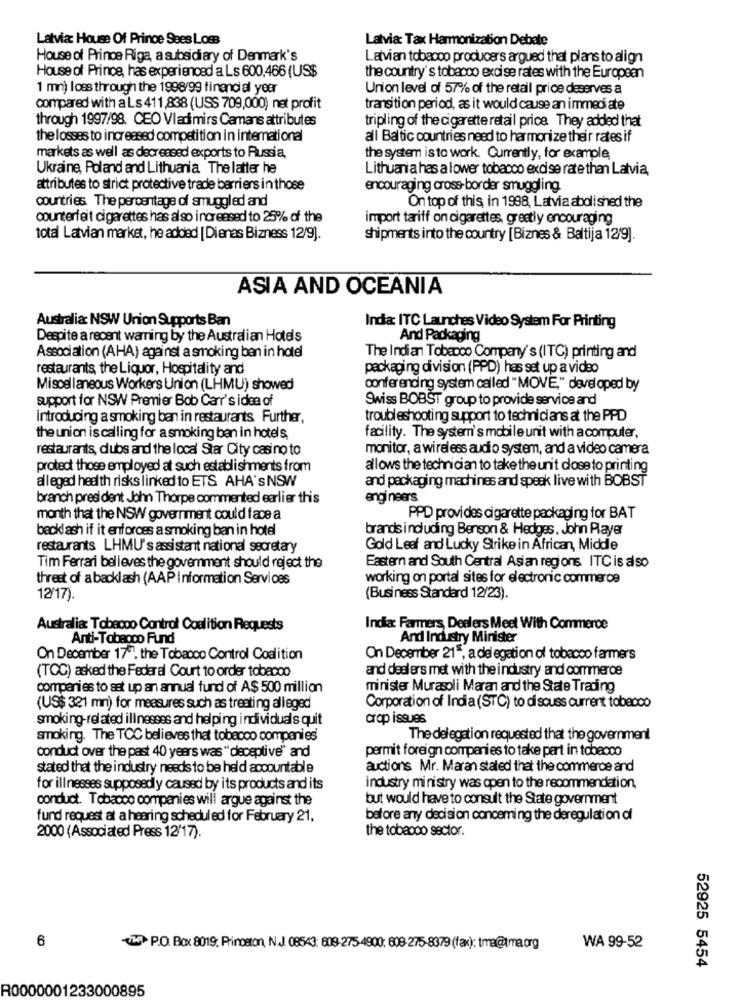
Latvia: House Of Prince Sees Los
Latvia: Tax Harmonization Debate
House of Prince Riga, a subsidiary of Denmark's
Latvian tobacco producers argued that plans to align
House of Prince, has experienced a Ls 600,466 (US$
the country's tobacco excise rates with the European
1 mn) loss through the 1998/99 financial year
Union level of 57% of the retail price deserves a
compared with a Ls 411,838 (USS 709,000) net profit
transition period, as it would cause an immediate
through 1997/98. CEO Vladimirs Camans attributes
tripling of the cigarette retail price They added that
the losses to increased competition in international
all Baltic countries need to harmonize their rates if
markets as well as decreased exports to Russia,
the system is to work. Currently, for example
Ukraine, Poland and Lithuania The latter he
Lithuania has a lower tobacco excise rate than Latvia,
attributes to strict protective trade barriers in those
encouraging cross-border smuggling
countries The percentage of smuggled and
On top of this in 1998, Latvia abolished the
counterfeit cigarettes has also increased to 25% of the
import tariff on cigarettes, greatly encouraging
total Latvian market, he added [Dienas Bizness 12/9).
shipments into the country [Biznes & Baltija 12/9].
ASIA AND OCEANIA
Australia: NSW Union Supports Ban
Inda: ITC Launches Video System For Printing
Despite a recent warning by the Australian Hotels
And Packaging
Association (AHA) against a smoking ban in hotel
The Indian Tobacco Company's (ITC) printing and
restaurants, the Liquor, Hospitality and
packaging division (PPD) has set up a video
Miscellaneous Workers Union (LHMU) showed
conferencing system called "MOVE," developed by
support for NSW Premier Bob Carr's idea of
Swiss BOBST group to provide service and
introducing a smoking ban in restaurants Further,
troubleshooting support to technicians at the PPD
the union is calling for a smoking ban in hotels,
facility. The system's mobile unit with a computer,
restaurants, dubs and the local Star City casino to
monitor, a wireless audio system, and a video camera
protect those employed at such establishments from
allows the technician to take the unit dose to printing
alleged health risks linked to ETS AHA's NSW
and packaging machines and speak live with BOBST
branch president John Thorpe commented earlier this
engineers
month that the NSW government could face a
PPD provides cigarette packaging for BAT
becklash if it enforces a smoking ban in hotel
brands including Benson & Hedges, John Player
restaurants LHMU's assistant national secretary
Gold Leaf and Lucky Strike in African, Middle
Tim Ferrari believes the government should reject the
Eastern and South Central Asian regions ITC is also
threst of a backlash (AAP Information Services
working on portal sites for electronic commerce
12/17).
(Business Standard 12/23).
Australia: Tobacco Control Coalition Requests
India: Farmers, Dealers Meet With Commerce
Anti-Tobacco Fund
And Industry Minister
On December 177, the Tobacco Control Coalition
On December 215, a delegation of tobacco farmers
(TOC) asked the Federal Court to order tobacco
and dealers met with the industry and commerce
companies to set up an annual fund of A$ 500 million
minister Murasoli Maran and the State Trading
(US$ 321 mn) for measures such as treating alleged
Corporation of India (STC) to discuss current tobacco
smoking-related illnesses and helping individuals quit
crop issues
smoking. The TOC believes that tobacco companies'
The delegation requested that the government
permit foreign companies to take part in tobacco
conduct over the past 40 years was "deceptive" and
stated that the industry needs to be held accountable
auctions Mr. Maran stated that the commerce and
for illnesses supposedly caused by its products and its
industry ministry was open to the recommendation,
conduct. Tobacco companies will argue against the
but would have to consult the State government
fund request at a hearing scheduled for February 21,
before any decision concerning the deregulation of
the tobacco sector.
2000 (Associated Press 12/17).
6
THE P.O. Box 8019; Princeton, N.J. 08543: 609-275-4900: 609-275-8379 (fax); tma@tma.org
WA 99-52
52925 5454
R0000001233000895